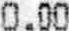
0.00